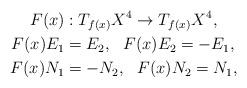
LaTeX: \begin{align*} F(x)&: T_{f(x)} X^4 \to T_{f(x)} X^4,\\ F(x)E_1&= E_2,\ \ F(x)E_2 = - E_1, \\ F(x) N_1 &= -N_2,\ \ F(x) N_2 = N_1, \end{align*}